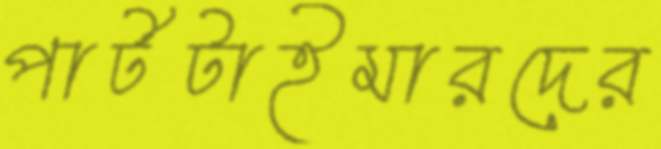
পার্টটাইমারদের